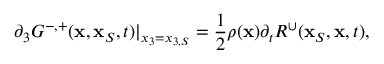
\partial _ { 3 } G ^ { - , + } ( { \bf x } , { \bf x } _ { S } , t ) | _ { x _ { 3 } = x _ { 3 , S } } = \frac { 1 } { 2 } \rho ( { \bf x } ) { \partial _ { t } } R ^ { \cup } ( { \bf x } _ { S } , { \bf x } , t ) ,